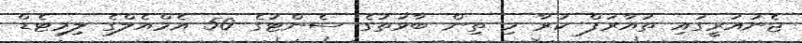
ޖެނުއަރީގައި ތައާރަފް ކުރާ މި ތިން ބާވަތުގެ ސެންޓުގެ 50 އެމްއެލްގެ ލިމިޓެޑް